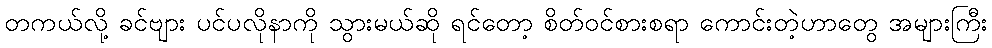
တကယ်လို့ ခင်ဗျား ပင်ပလိုနာကို သွားမယ်ဆို ရင်တော့ စိတ်ဝင်စားစရာ ကောင်းတဲ့ဟာတွေ အများကြီး